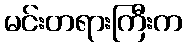
မင်းတရားကြီးက